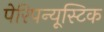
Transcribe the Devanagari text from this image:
पेरिपन्यूस्टिक